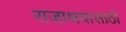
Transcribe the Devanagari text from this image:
राजाश्रयासाठी